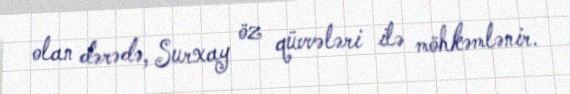
olan dərədə, Surxay öz qüvvələri ilə möhkəmlənir.